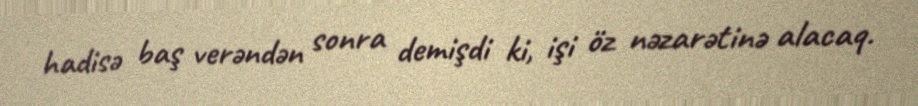
hadisə baş verəndən sonra demişdi ki, işi öz nəzarətinə alacaq.